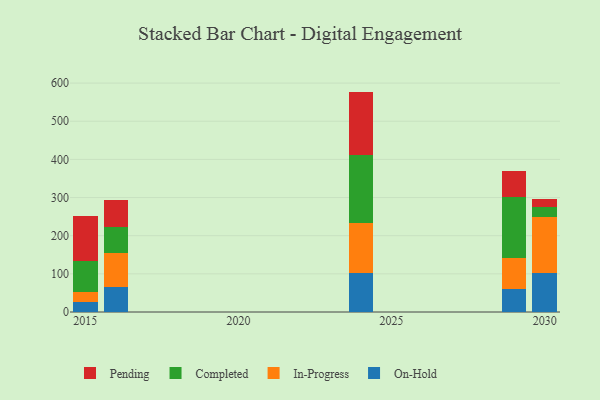
{"axis": {"x": "Year", "y": "Operating Costs (USD K)"}, "legend": ["Completed", "In-Progress", "On-Hold", "Pending"], "data": [{"x": "2030", "y": 102.3, "type": "On-Hold"}, {"x": "2030", "y": 146.4, "type": "In-Progress"}, {"x": "2030", "y": 27.0, "type": "Completed"}, {"x": "2030", "y": 21.1, "type": "Pending"}, {"x": "2016", "y": 66.0, "type": "On-Hold"}, {"x": "2016", "y": 88.5, "type": "In-Progress"}, {"x": "2016", "y": 69.5, "type": "Completed"}, {"x": "2016", "y": 68.5, "type": "Pending"}, {"x": "2024", "y": 101.5, "type": "On-Hold"}, {"x": "2024", "y": 132.0, "type": "In-Progress"}, {"x": "2024", "y": 178.4, "type": "Completed"}, {"x": "2024", "y": 165.8, "type": "Pending"}, {"x": "2015", "y": 25.0, "type": "On-Hold"}, {"x": "2015", "y": 28.6, "type": "In-Progress"}, {"x": "2015", "y": 80.4, "type": "Completed"}, {"x": "2015", "y": 118.4, "type": "Pending"}, {"x": "2029", "y": 61.3, "type": "On-Hold"}, {"x": "2029", "y": 80.2, "type": "In-Progress"}, {"x": "2029", "y": 159.9, "type": "Completed"}, {"x": "2029", "y": 67.9, "type": "Pending"}]}